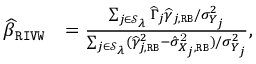
\begin{array} { r l } { \widehat { \beta } _ { \mathtt { R I V W } } } & { = \frac { \sum _ { j \in \mathcal { S } _ { \lambda } } \widehat \Gamma _ { j } \widehat \gamma _ { j , \mathtt { R B } } / { \sigma } _ { Y _ { j } } ^ { 2 } } { \sum _ { j \in \mathcal { S } _ { \lambda } } ( \widehat \gamma _ { j , \mathtt { R B } } ^ { 2 } - \hat { \sigma } _ { X _ { j } , \mathtt { R B } } ^ { \mathrm { 2 } } ) / { \sigma } _ { Y _ { j } } ^ { 2 } } , } \end{array}